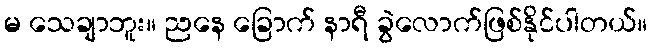
မ သေချာဘူး။ ညနေ ခြောက် နာရီ ခွဲလောက်ဖြစ်နိုင်ပါတယ်။